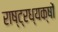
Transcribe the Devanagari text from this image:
राष्ट्रध्यक्षों